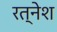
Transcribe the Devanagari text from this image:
रत्नेश